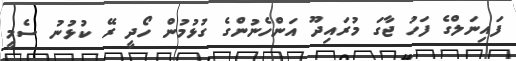
ފައިނަލްގެ ފަހު ޖާގަ މުރައިދޫ އަންހެނުންގެ ގުޅުމުން ހޯދީ ރޭ ކުޅުނު ސެމީ